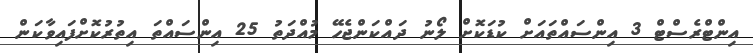
އިންޓްރެސްޓް 3 އިންސައްތައަށް ކުޑަކޮށް ލޯނު ދައްކަންޖެހޭ މުއްދަތު 25 އިންސައްތަ އިތުރުކޮށްފައިވާކަން